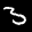
Label: 3